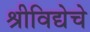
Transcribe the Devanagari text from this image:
श्रीविद्येचे